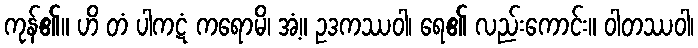
ကုန်၏။ ဟိ တံ ပါကဋံ ကရောမိ၊ အံ့။ ဥဒကဿဝါ၊ ရေ၏ လည်းကောင်း။ ဝါတဿဝါ၊